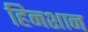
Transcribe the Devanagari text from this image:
हिनशान